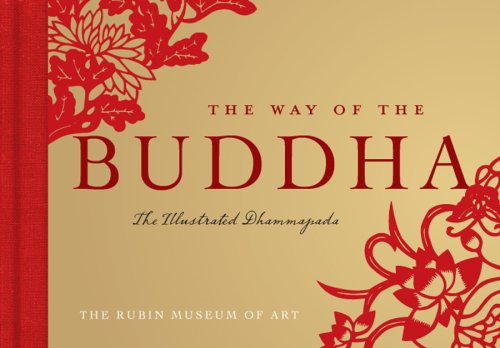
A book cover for The Way of the Buddha: The Illustrated Dhammapada; Religion & Spirituality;